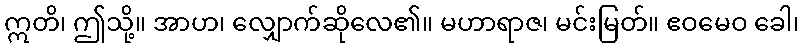
ဣတိ၊ ဤသို့။ အာဟ၊ လျှောက်ဆိုလေ၏။ မဟာရာဇ၊ မင်းမြတ်။ ဧဝမေဝ ခေါ၊